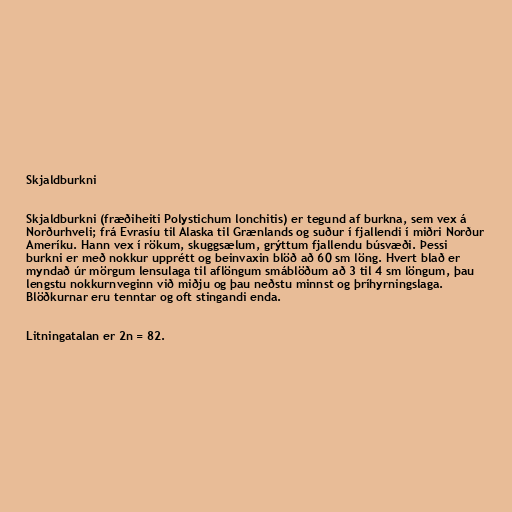
Skjaldburkni

Skjaldburkni (fræðiheiti Polystichum lonchitis) er tegund af burkna, sem vex á
Norðurhveli; frá Evrasíu til Alaska til Grænlands og suður í fjallendi í miðri Norður
Ameríku. Hann vex í rökum, skuggsælum, grýttum fjallendu búsvæði. Þessi
burkni er með nokkur upprétt og beinvaxin blöð að 60 sm löng. Hvert blað er
myndað úr mörgum lensulaga til aflöngum smáblöðum að 3 til 4 sm löngum, þau
lengstu nokkurnveginn við miðju og þau neðstu minnst og þríhyrningslaga.
Blöðkurnar eru tenntar og oft stingandi enda.

Litningatalan er 2n = 82.